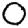
Digit: 0